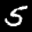
Label: 5